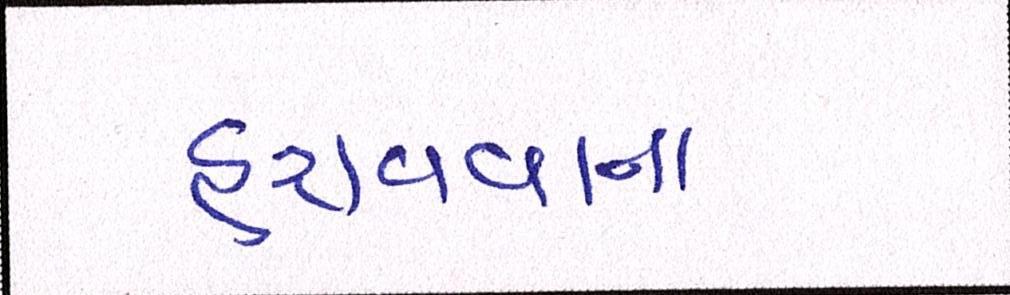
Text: હરાવવાના